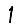
Digit: 1